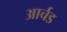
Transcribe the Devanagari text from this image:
आर्चड